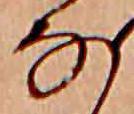
な